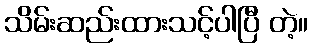
သိမ်းဆည်းထားသင့်ပါပြီ တဲ့။